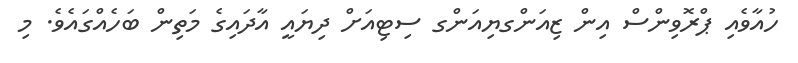
ހުއާވެއި ޕްރޮވިންސް އިން ޒިއަންގޔިއަންގ ސިޓިއަށް ދިޔައީ އާދައިގެ މަތިން ބަހެއްގައެވެ. މި